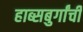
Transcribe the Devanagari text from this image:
हाब्सबुर्गांची